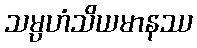
သမ္ပဟံသိယမာနဿ